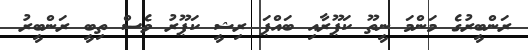
ރަންބީރުގެ މަންމަ ނީތޫ ކަޕޫރާއި ބައްޕަ ރިޝީ ކަޕޫރު ވެސް ތިބީ ރަންބީރު